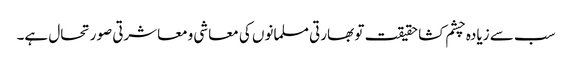
سب سے زیادہ چشم کشا حقیقت تو بھارتی مسلمانوں کی معاشی ومعاشرتی صورتحال ہے۔